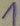
Text: 1